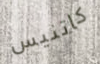
كاتنيس